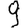
Digit: 9